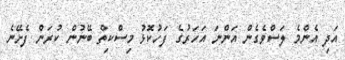
އަދި އެންމެ ލަސްވެގެން އަންނަ އަހަރުގެ ފަހުކޮޅު މިސްކިތް ބޭނުން ކުރަން ފެށޭނެ